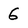
Character: 6